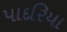
પાદરિયા